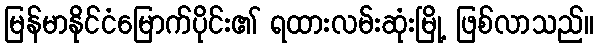
မြန်မာနိုင်ငံမြောက်ပိုင်း၏ ရထားလမ်းဆုံးမြို့ ဖြစ်လာသည်။